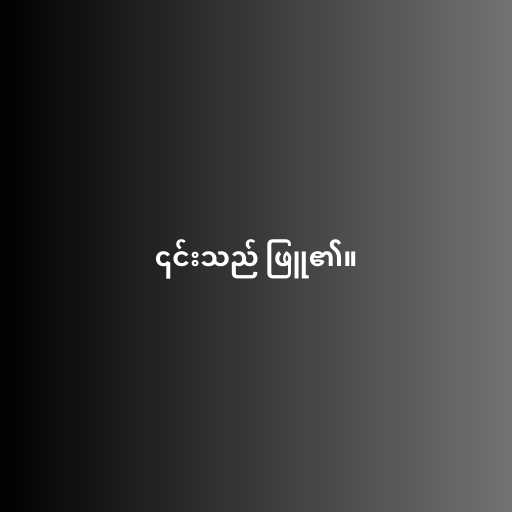
၎င်းသည် ဖြူ၏။